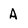
Character: A